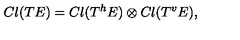
C l ( T E ) = C l ( T ^ { h } E ) \otimes C l ( T ^ { v } E ) ,